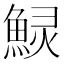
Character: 𱆲